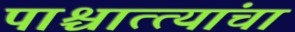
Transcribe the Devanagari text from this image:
पाश्चात्त्यांचा